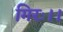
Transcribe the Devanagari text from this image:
गिरः।।